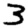
Digit: 3